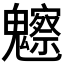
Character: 𩴳